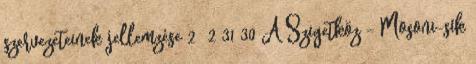
szervezeteinek jellemzése 2 2 31 30 A Szigetköz – Mosoni-sík